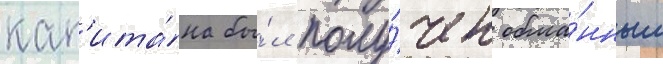
кап'ита́на бы́л полу́чен обма́нным